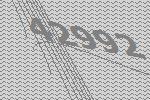
42992